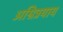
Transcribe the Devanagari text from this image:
अग्नित्रयाय